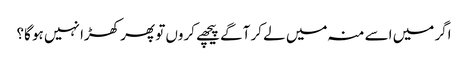
اگر میں اسے منہ میں لے کر آگے پیچھے کروں تو پھر کھڑا نہیں ہو گا؟